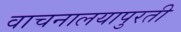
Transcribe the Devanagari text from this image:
वाचनालयापुरती